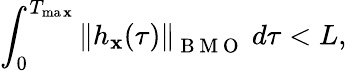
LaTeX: \displaystyle\int_{0}^{T_{\operatorname*{ma\mathbf{x}}}}\left\| h_{\mathbf{x}}(\tau)\right\| _{\mathrm{{~B~M~O~}}}\ d\tau<L,